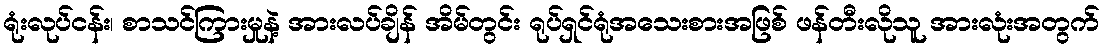
ရုံးလုပ်ငန်း၊ စာသင်ကြားမှုနဲ့ အားလပ်ချိန် အိမ်တွင်း ရုပ်ရှင်ရုံအသေးစားအဖြစ် ဖန်တီးလိုသူ အားလုံးအတွက်